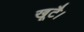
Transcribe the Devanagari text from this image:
खूटै।